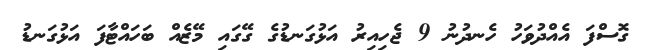
ގޮސްފަ އެއްދުވަހު ހެނދުނު 9 ޖެހިއިރު އަޅުގަނޑުގެ ގޭގައި މޭޒެއް ބަހައްޓާފަ އަޅުގަނޑު